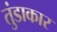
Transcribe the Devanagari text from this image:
तुंडाकार